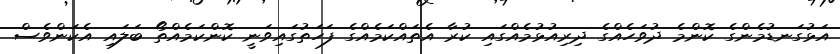
އަޅުގަނޑުމެންގެ ކޮންމެ ދުވަހެއްގެ ދިރިއުޅުމެއްގައި ކުރާ އެތައްކަމެއްގެ ފަހަތުގައިވަނީ ކޮންކަމެއްތޯ ބަލައި އެކަންވެސް